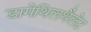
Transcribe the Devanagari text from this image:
डामेथिलथैलेट